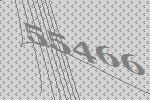
55466